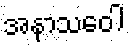
အနာသဝေါ